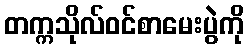
တက္ကသိုလ်ဝင်စာမေးပွဲကို